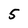
Character: 5